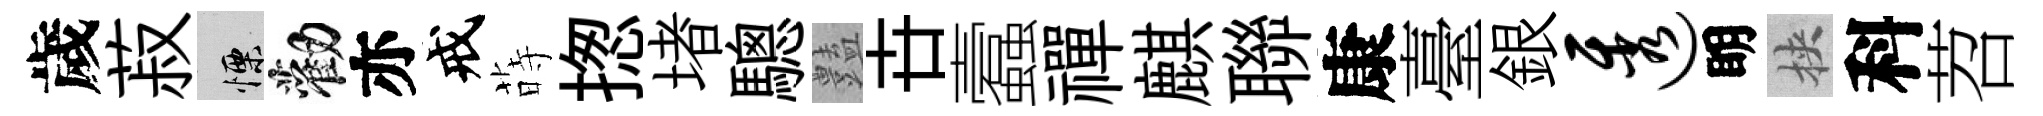
歲菽慄勸亦戒蒔揔堵驄𧰟卋蠧禪麒聯康臺銀透眀挾科苕